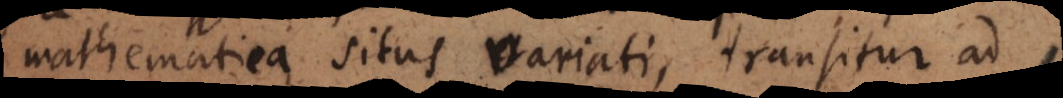
mathematica situs variati, transitur ad